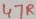
Text: 47R